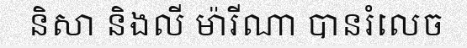
និសា និងលី ម៉ារីណា បានរំលេច